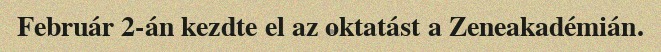
Február 2-án kezdte el az oktatást a Zeneakadémián.